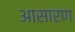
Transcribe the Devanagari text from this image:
आसारण